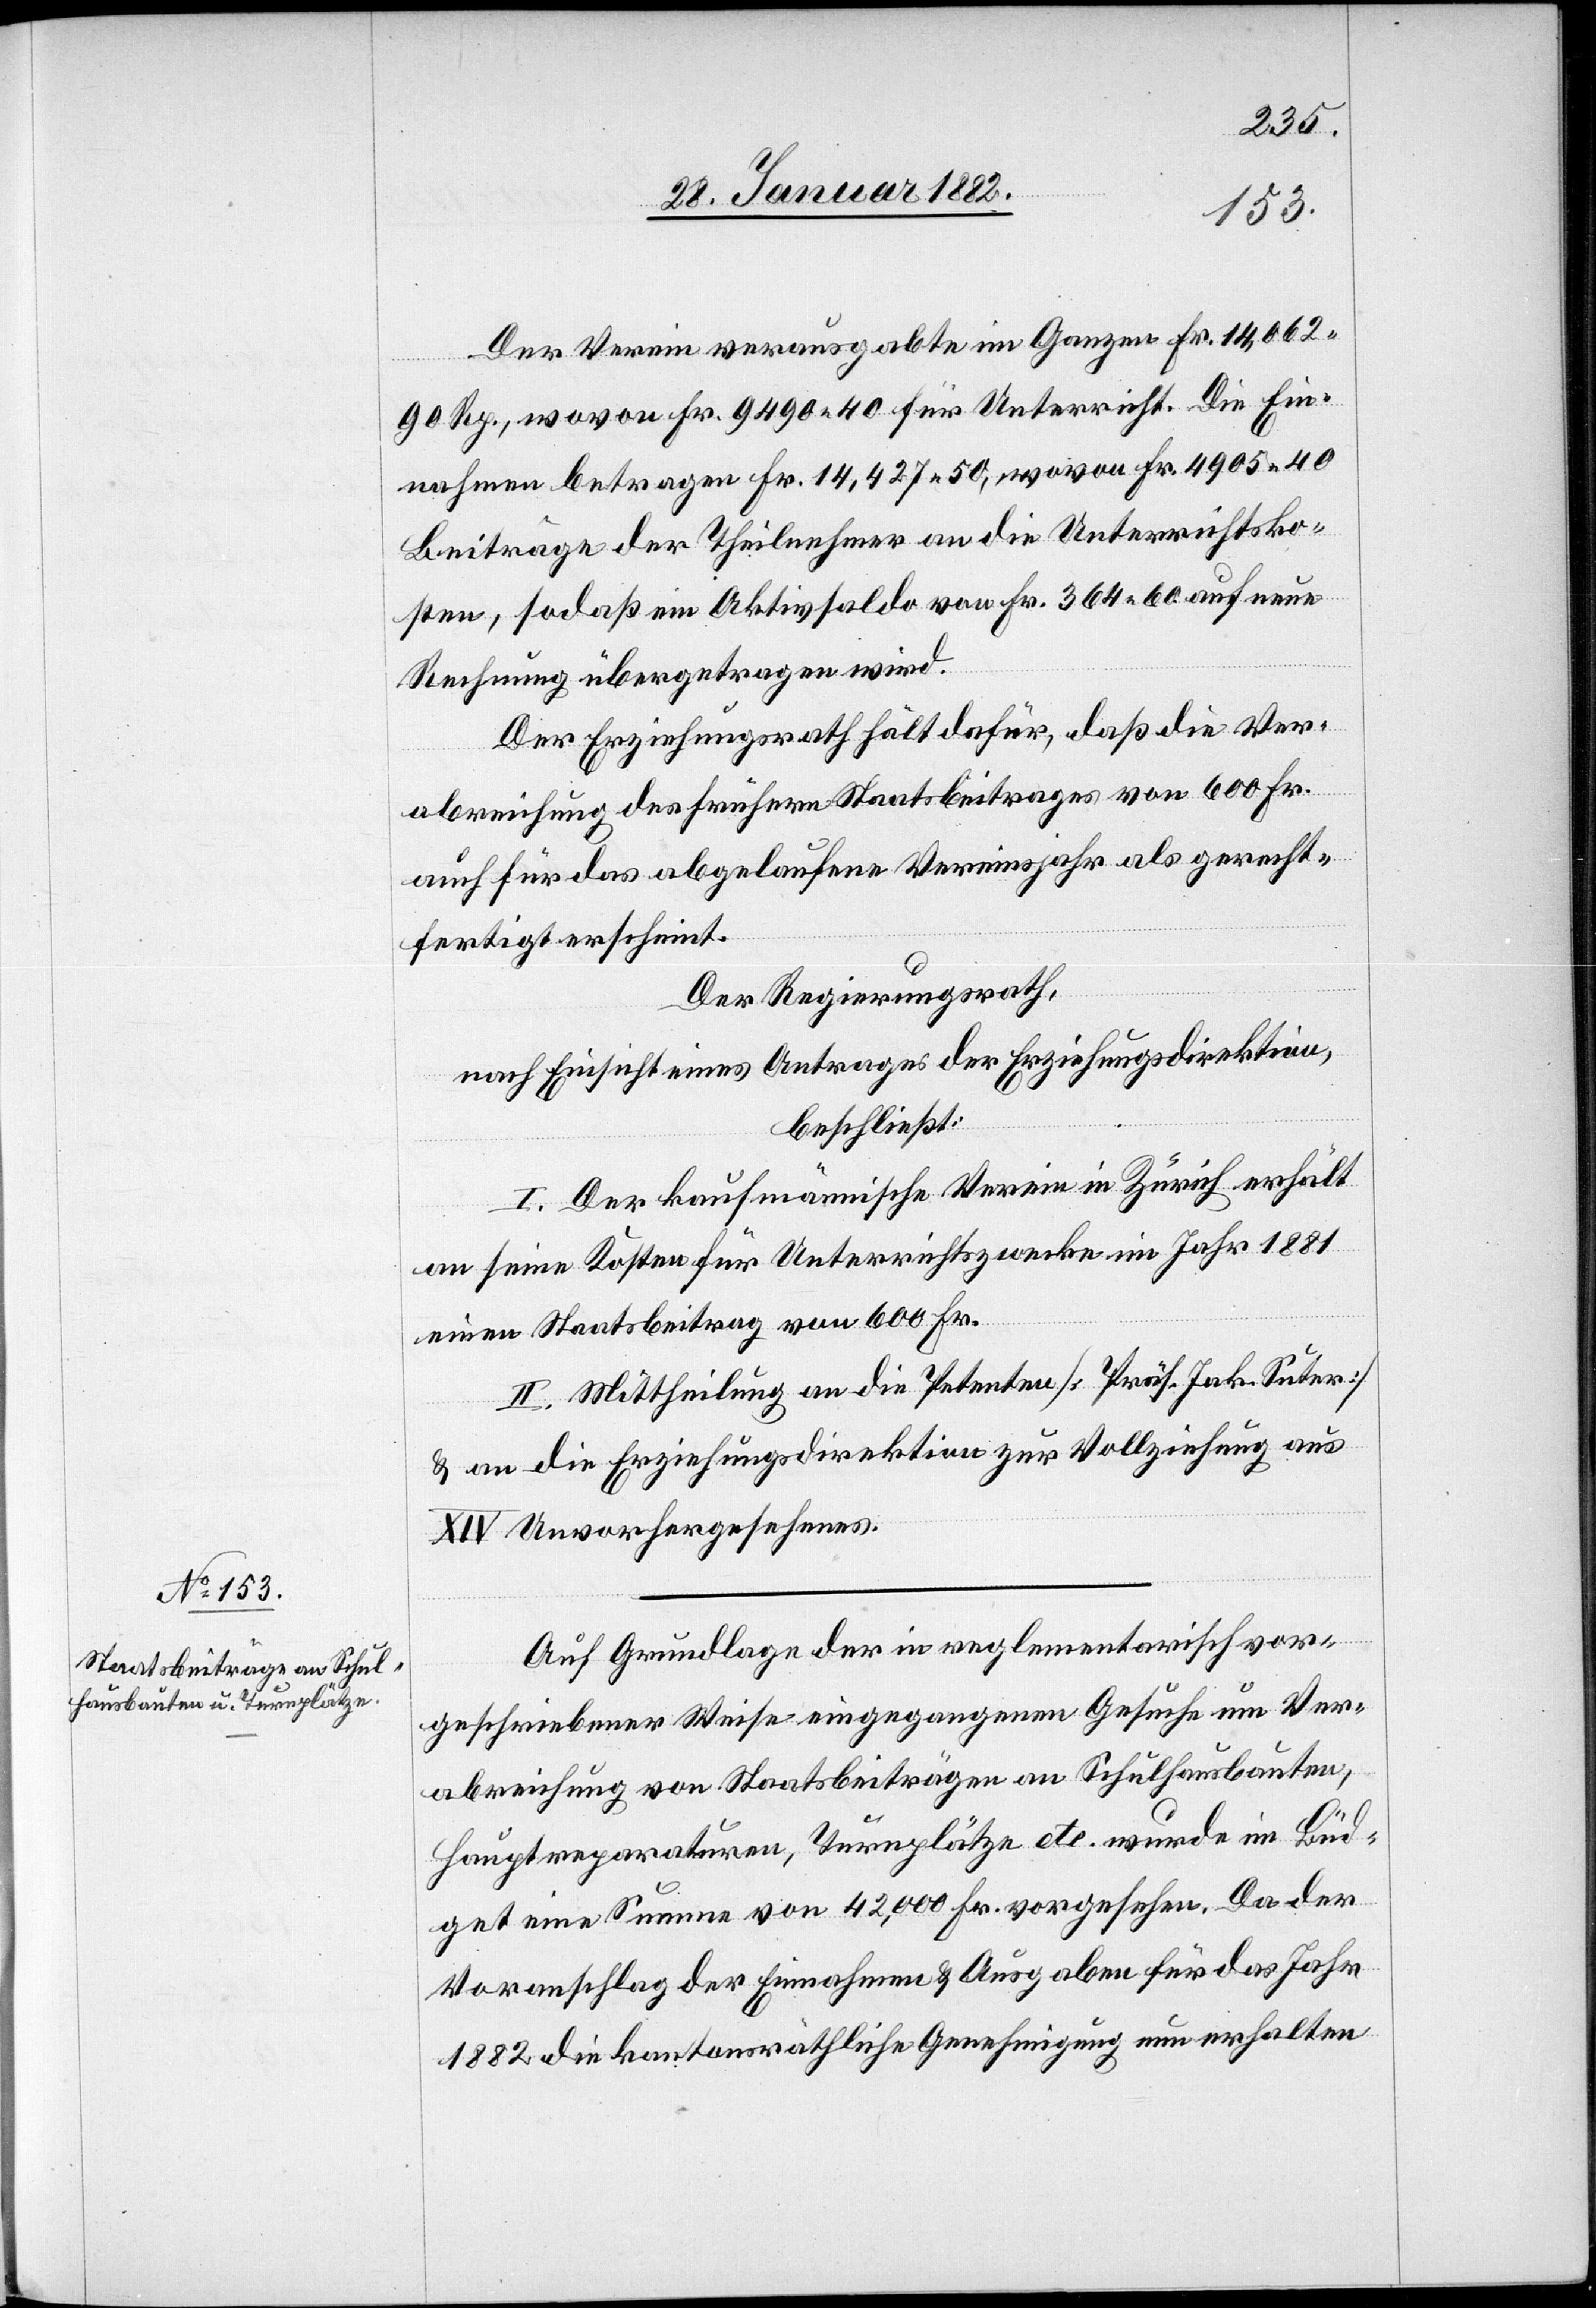
Der Verein verausgabte im Ganzen Fr. 14,062
90 Rp., wovon Fr. 9490 40 für Unterricht. Die Ein¬
nahmen betragen Fr. 14,427 50, wovon Fr. 4905 40
Beiträge der Theilnehmer an die Unterrichtsko¬
sten, sodaß ein Aktivsaldo von Fr. 364 60 auf neue
Rechnung übertragen wird.
Der Erziehungsrath hält dafür, daß die Ver¬
abreichung des frühern Staatsbeitrages von 600 Fr.
auch für das abgelaufene Vereinsjahr als gerecht¬
fertigt erscheint.
Der Regierungsrath,
nach Einsicht eines Antrages der Erziehungsdirektion,
beschließt:
I. Der kaufmännische Verein in Zürich erhält
an seine Kosten für Unterrichtszwecke im Jahr 1881
einen Staatsbeitrag von 600 Fr.
II. Mittheilung an die Petenten [Präs. Suter]
& an die Erziehungsdirektion zur Vollziehung aus
XIV Unvorhergesehenes.
Auf Grundlage der in reglementarisch vor¬
geschriebener Weise eingegangenem Gesuche um Ver¬
abreichung von Staatsbeiträgen an Schulhausbauten,
Hauptreparaturen, Turnplätze etc. wurde im Büd¬
get eine Summe von 42,000 Fr. vorgesehen. Da der
Voranschlag der Einnahmen & Ausgaben für das Jahr
1882 die kantonsräthliche Genehmigung nun erhalten